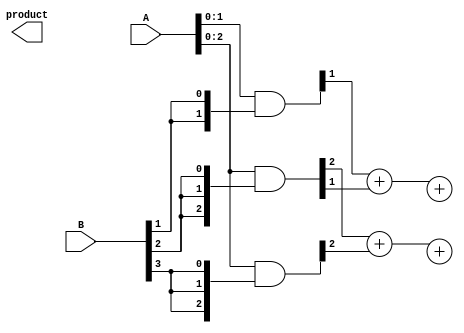
module WallaceTreeMultiplier #(
    parameter N = 4 // Define the bit-width of the inputs
)(
    input [N-1:0] A,
    input [N-1:0] B,
    output reg [2*N-1:0] product
);
    
    // Intermediate partial products
    wire [N-1:0] partial [0:N-1]; // Partial products
    generate
        genvar i;
        for (i = 0; i < N; i = i + 1) begin: pp_generation
            assign partial[i] = A & {N{B[i]}}; // Generate P_i = A & B[i]
        end
    endgenerate

    // Wallace Tree Reduction Stage
    wire [N-1:0] third[0:N-1]; // Store sum result in each stage
    wire [N-1:0] carry[0:N-1]; // Store carry result in each stage
    wire [N:0] sum_temp[0:N-1];
    
    // Stage 1: Calculate sums and carries using Full Adders
    generate
        genvar j;
        for (j = 0; j < N; j = j + 1) begin: reduction_stage1
            if (j == 0) begin
                // The last row just contains the last bit of the partial product
                assign sum_temp[j][1:0] = {1'b0, partial[0][j]} + {1'b0, partial[1][j]} + {1'b0, partial[2][j]};
                assign carry[j] = sum_temp[j][2]; // Carry out of full adder
                assign third[j][j] = sum_temp[j][1]; // Bit stored in the current row
            end else begin
                assign sum_temp[j][1:0] = {1'b0, partial[j][j]} + {1'b0, partial[j+1][j]} + {1'b0, carry[j-1]};
                assign carry[j] = sum_temp[j][2]; // Carry out of full adder
                assign third[j][j] = sum_temp[j][1]; // Bit stored in the current row
            end
        end
    endgenerate

    // Combine outputs from the last stage to get the final product
    wire [2*N-1:0] final;

    assign final = {carry[N-1], third[N-1], third[N-2], third[N-3]}; // Final combination from the last row
   
    always @(*) begin
        product = final; // Assign final product to output
    end

endmodule